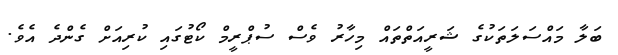
ބަލާ މައްސަލަތަކުގެ ޝަރީއަތްތައް މިހާރު ވެސް ސުޕްރީމް ކޯޓުގައި ކުރިއަށް ގެންދެ އެވެ.